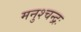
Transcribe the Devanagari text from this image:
मनुश्चन्द्रः